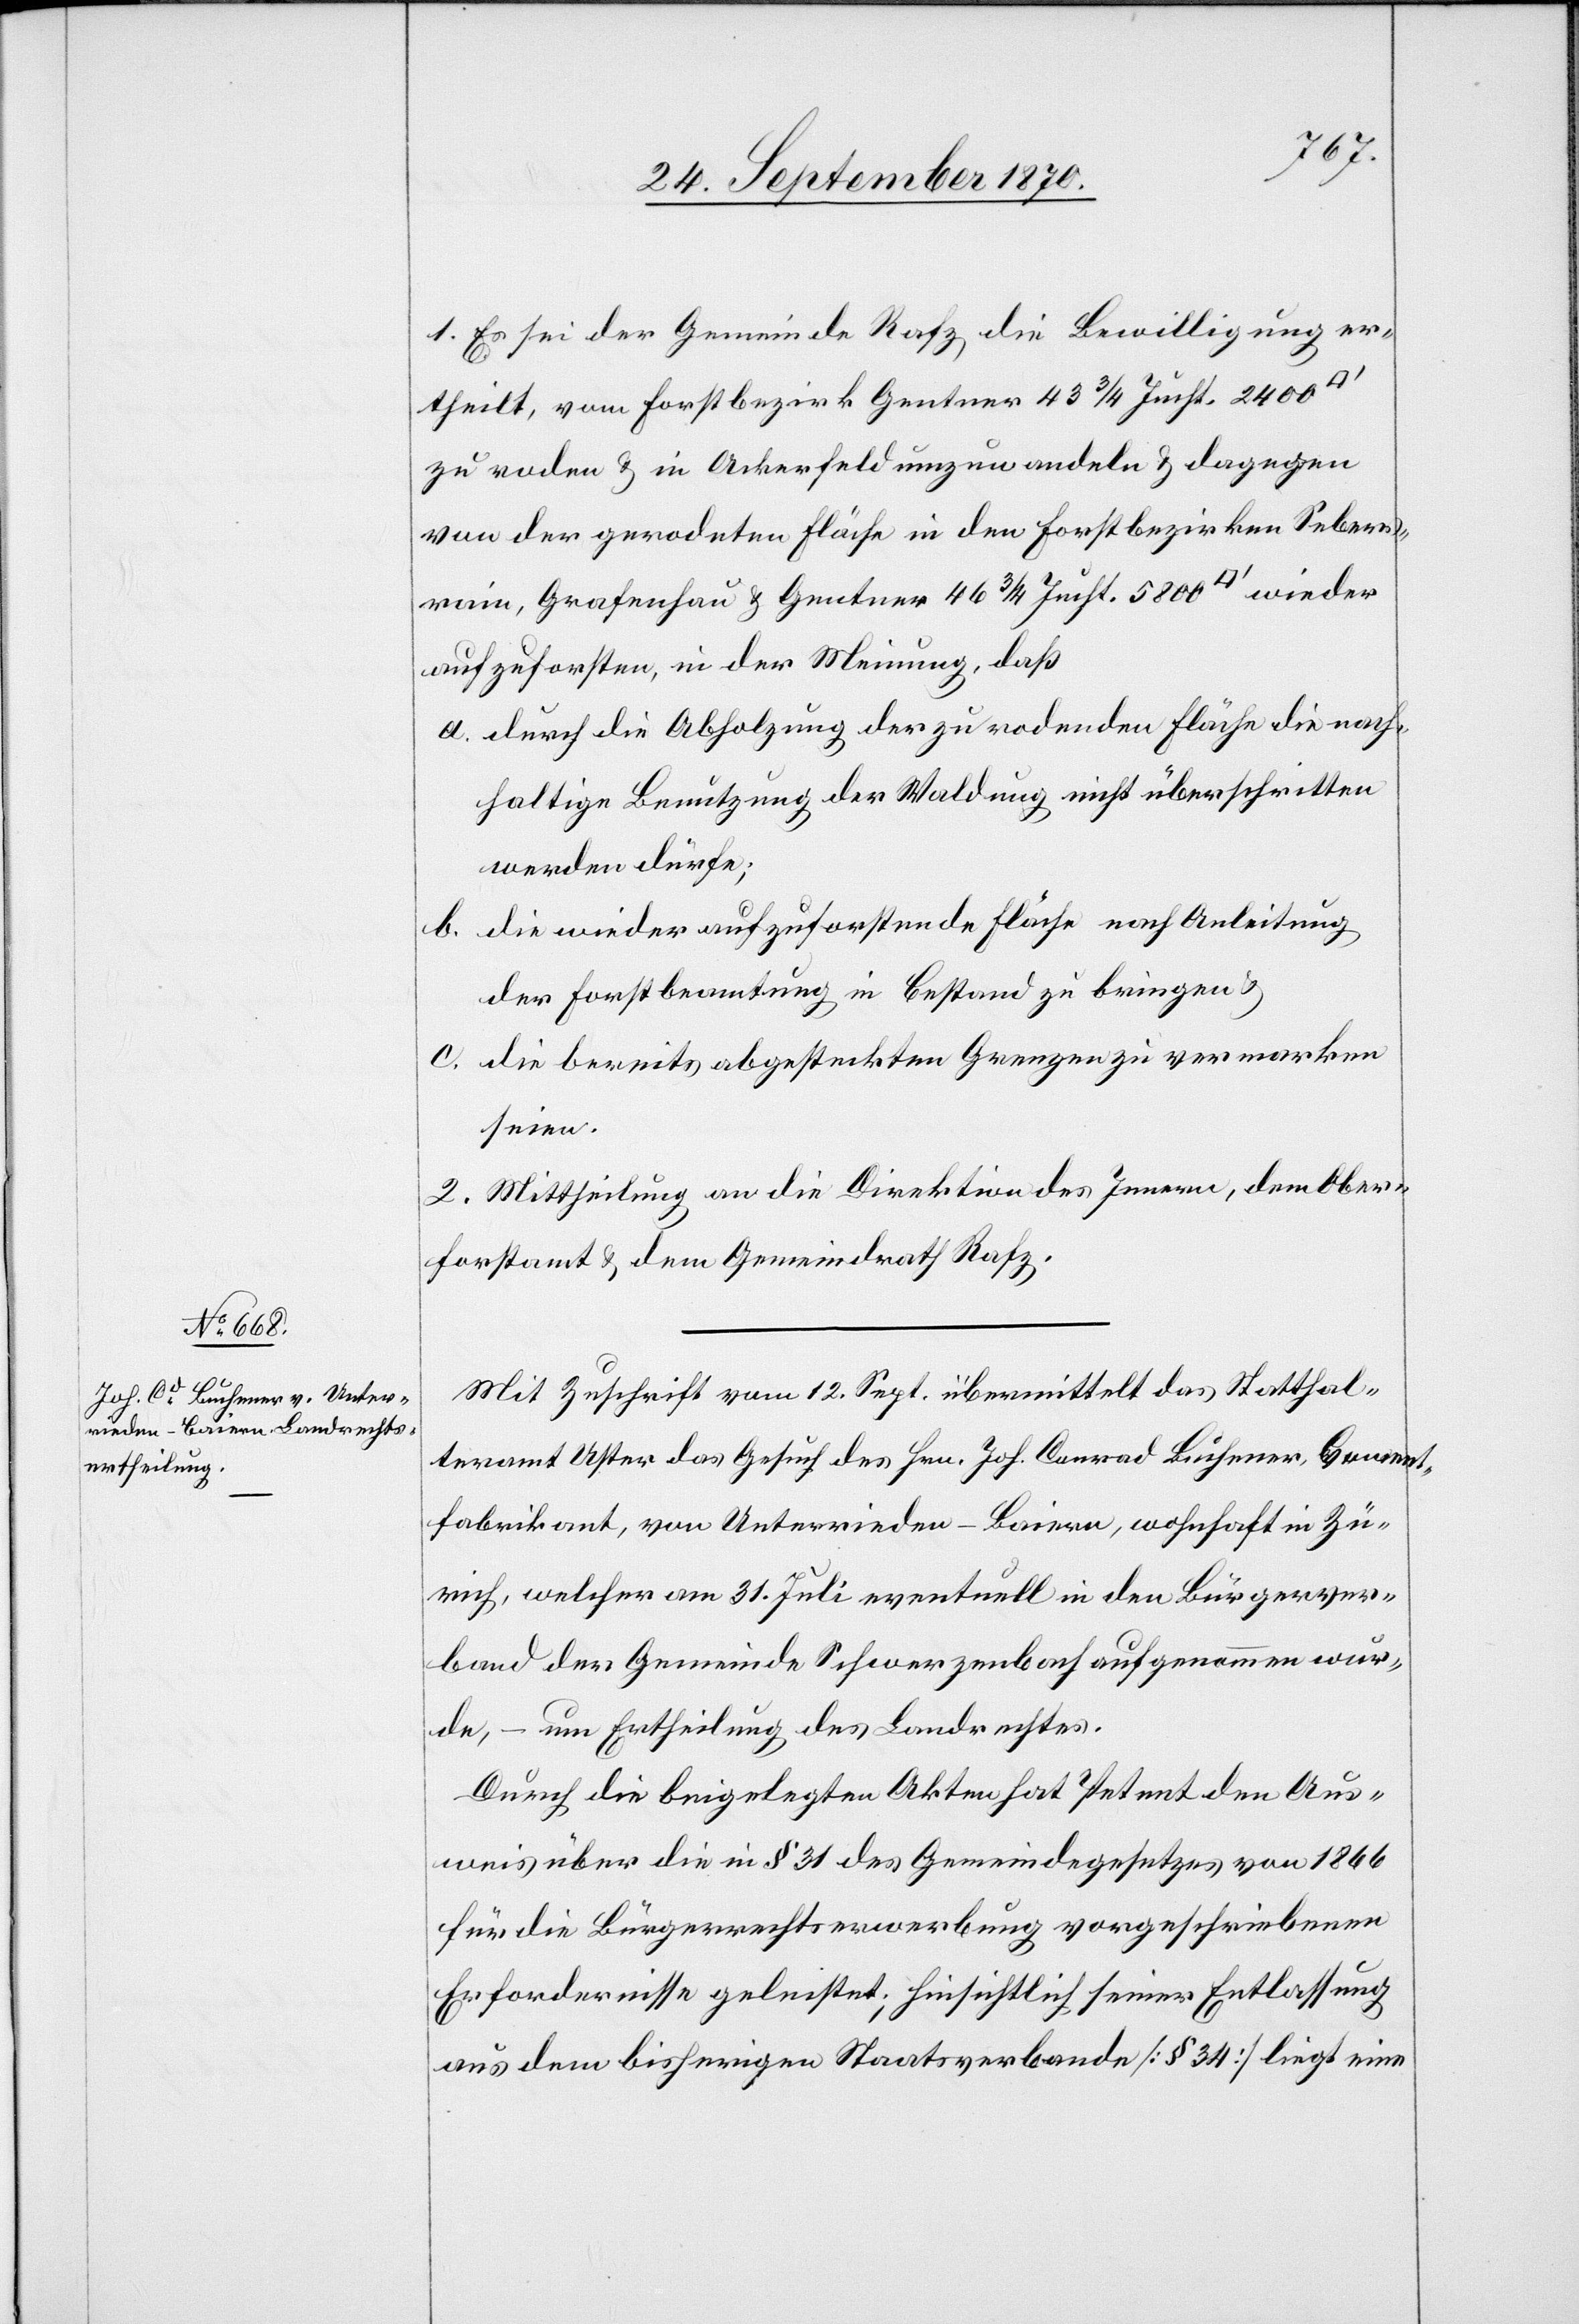
1. Es sei der Gemeinde Rafz die Bewilligung er¬
theilt, vom Forstbezirk Gentner 43 3/4 Jucht. 2400
zu roden & in Ackerfeld umzuwandeln & dagegen
von der gerodeten Fläche in den Forstbezirken Sebers¬
rain, Grafenhau & Gentner 46 3/4 Jucht. 5800 [Quadratfuss] wieder
aufzuforsten, in der Meinung, daß
a. durch die Abholzung der zu rodenden Fläche die nach¬
haltige Benutzung der Waldung nicht überschritten
werden dürfe;
b. die wieder aufzuforstende Fläche nach Anleitung
der Forstbeamtung in Bestand zu bringen &
c. die bereits abgesteckten Grenzen zu vermarken
seien.
2. Mittheilung an die Direktion des Innern, dem Ober¬
forstamt & dem Gemeindrath Rafz.